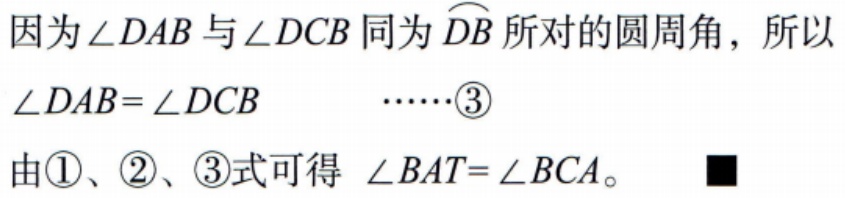
因为\(\angle DAB\)与\(\angle DCB\)同为\(\overset{\frown}{DB}\)所对的圆周角，所以
\(\angle DAB = \angle DCB\quad\cdots\cdots\textcircled{3}\)
由\textcircled{1}、\textcircled{2}、\textcircled{3}式可得 \(\angle BAT=\angle BCA\)。■